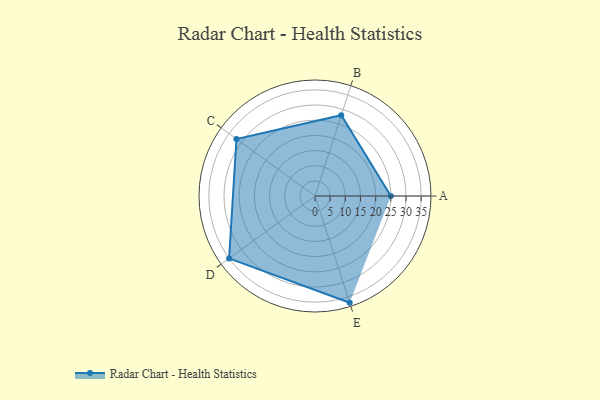
{"axis": {"x": "Skill", "y": "Score"}, "legend": ["Profile"], "data": [{"x": "A", "y": 25.0, "type": "Profile"}, {"x": "B", "y": 28.0, "type": "Profile"}, {"x": "C", "y": 32.0, "type": "Profile"}, {"x": "D", "y": 35.0, "type": "Profile"}, {"x": "E", "y": 37.0, "type": "Profile"}]}